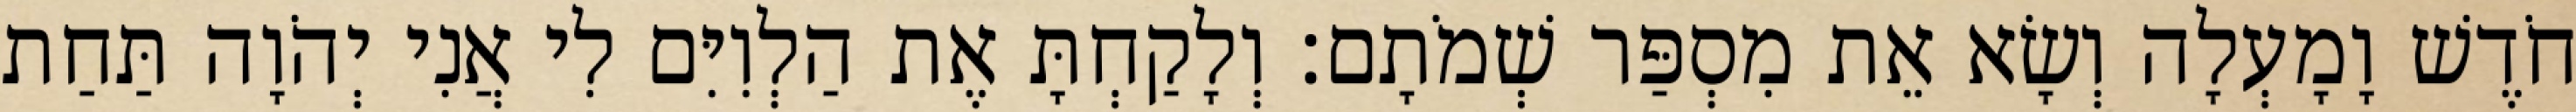
חֹדֶשׁ וָמָעְלָה וְשָׂא אֵת מִסְפַּר שְׁמֹתָם׃ וְלָקַחְתָּ אֶת הַלְוִיִּם לִי אֲנִי יְהֹוָה תַּחַת